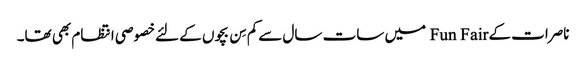
ناصرات کے Fun Fair میں سات سال سےکم سِن بچوں کے لئےخصوصی انتظام بھی تھا۔